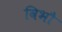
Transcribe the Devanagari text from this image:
विभौ